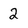
Character: 2